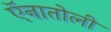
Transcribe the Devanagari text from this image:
ऍनातोली